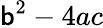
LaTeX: \mathsf{b}^{2}-4ac